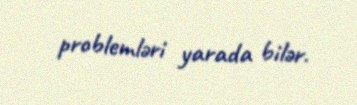
problemləri yarada bilər.